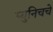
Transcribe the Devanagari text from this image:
म्युनिचचे